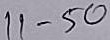
11 - 50